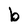
Character: b